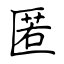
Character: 匿